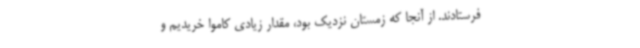
‌فرستادند. از آنجا که زمستان نزدیک بود، مقدار زیادی کاموا خریدیم و